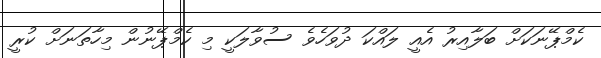
ކެމްޕޭނަކަށް ބަލާއިރު އެއީ ލައްކަ ދުވަހެވެ ސުވާލަކީ މި ކެމްޕޭނުން މިހާތަނަށް ކުރީ